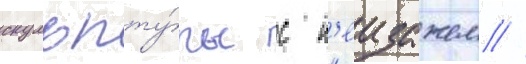
скульпту́ры с п'еизажем //